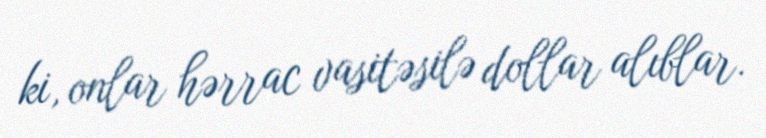
ki, onlar hərrac vasitəsilə dollar alıblar.